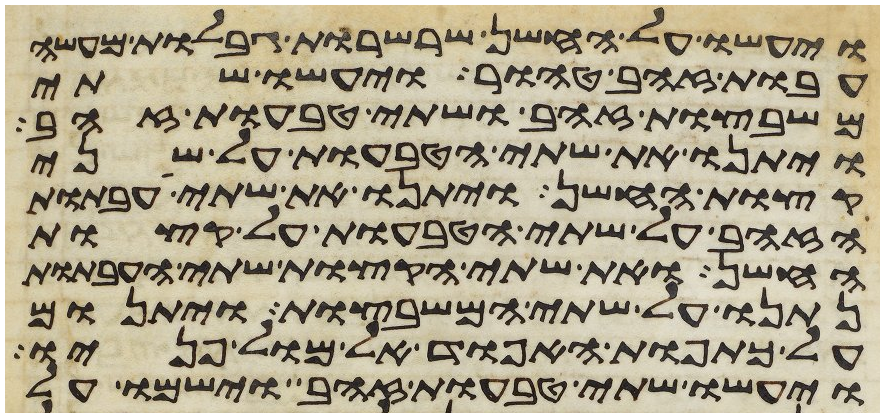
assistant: ויעשו על החשן שרשרות גבלות מעשה
עבות זהב טהור ויעשו שתי
משבצות זהב ושתי טבעות זהב
ויתנו את שתי הטבעות על שני
קצות החשן ויתנו את שתי העבתות
הזהב על שתי הטבעות על קצות
החשן ואת שתי הקצות שתי העבתות
נתנו על שתי המשבצות ויתנום
על כתפות האפוד אל מול פניו
ויעשו שתי טבעות זהב וישמו על